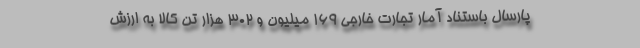
پارسال باستناد آمار تجارت خارجی ۱۶۹ میلیون و ۳۰۲ هزار تن کالا به ارزش